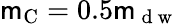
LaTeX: \mathsf{m}_{\mathrm{{C}}}=0.5\mathsf{m}_{\mathrm{{~d~w~}}}